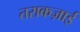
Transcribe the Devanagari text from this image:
तराकज़ाई